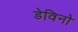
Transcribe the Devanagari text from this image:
डेविनो